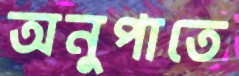
অনুপাতে